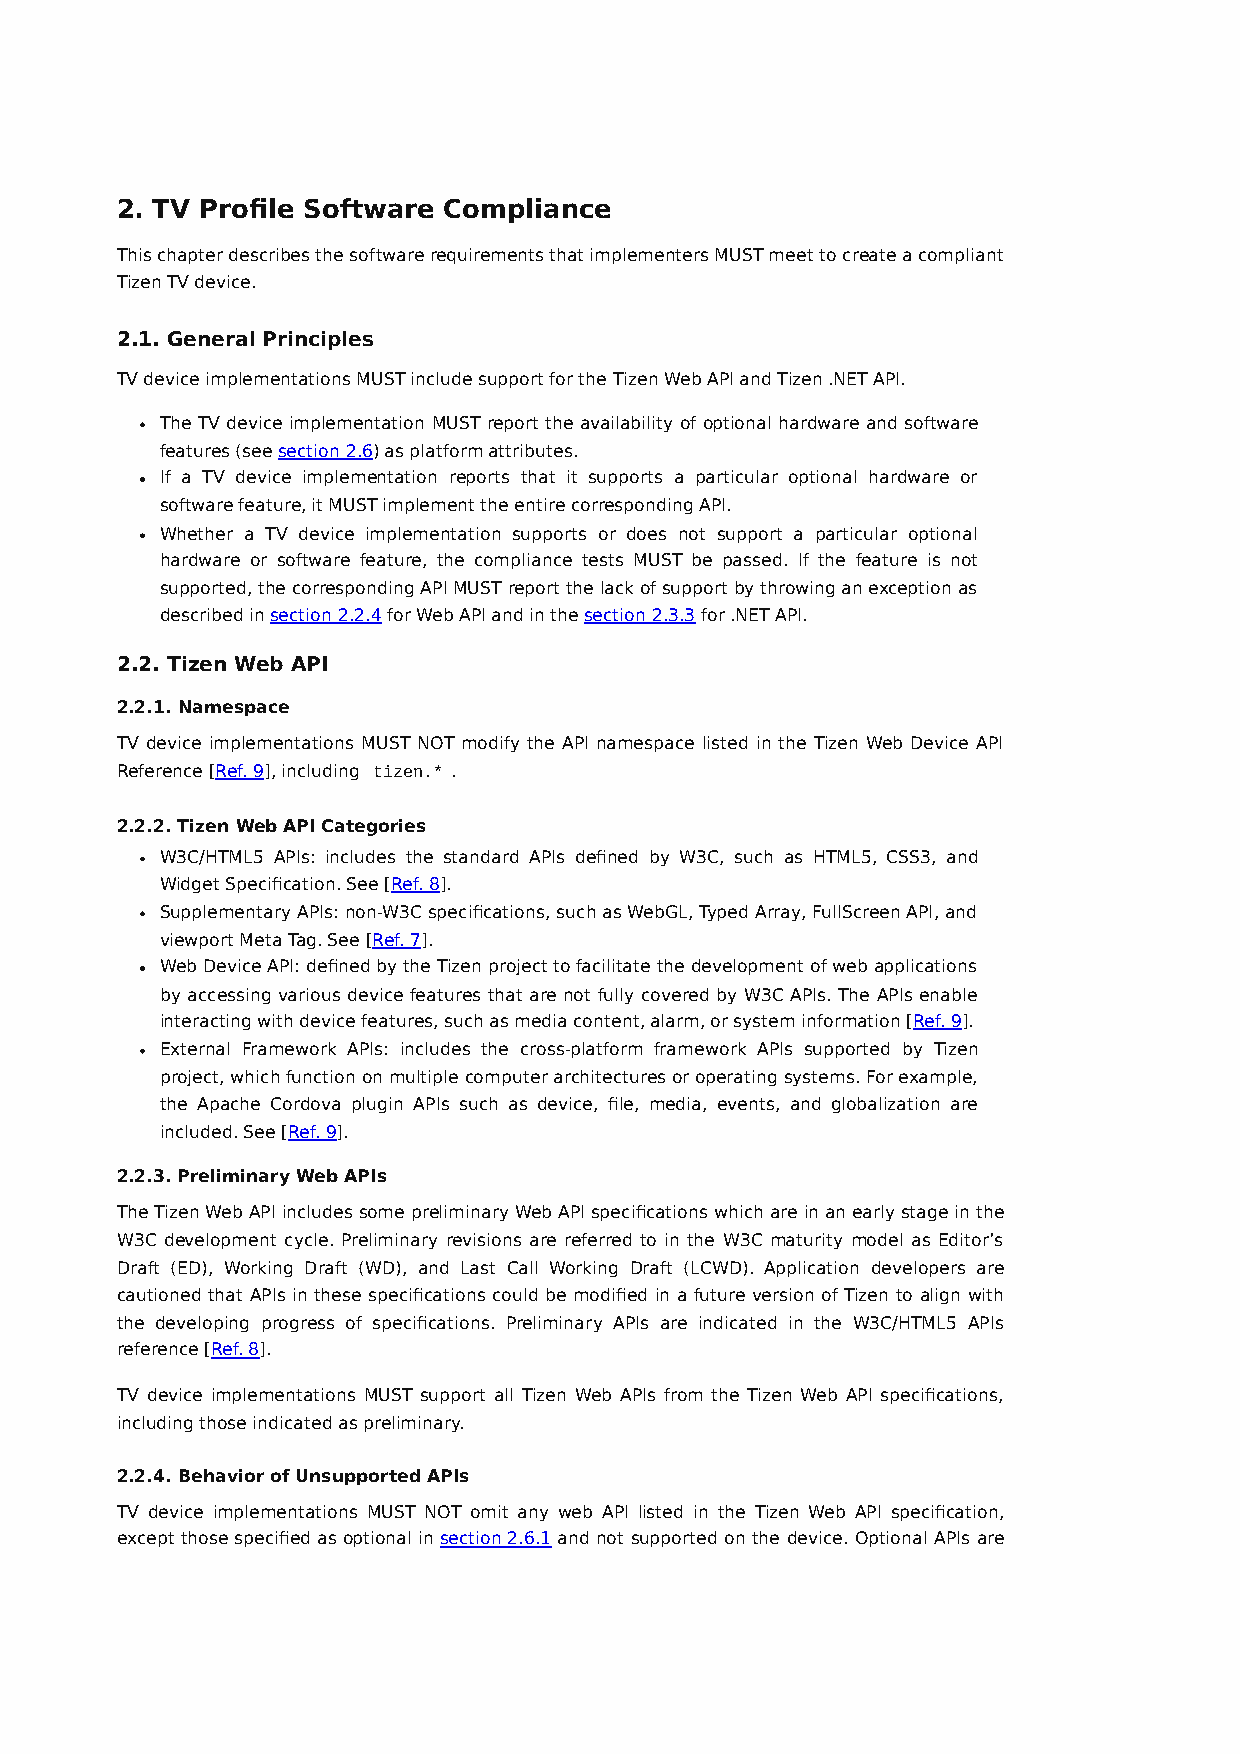
2. TV Profile Software Compliance
 This chapter describes the software requirements that implementers MUST meet to create a compliant
 Tizen TV device.
 2.1. General Principles
 TV device implementations MUST include support for the Tizen Web API and Tizen .NET API.
 The TV device implementation MUST report the availability of optional hardware and software
 features (see section 2.6) as platform attributes.
 If a TV device implementation reports that it supports a particular optional hardware or
 software feature, it MUST implement the entire corresponding API.
 Whether a TV device implementation supports or does not support a particular optional
 hardware or software feature, the compliance tests MUST be passed. If the feature is not
 supported, the corresponding API MUST report the lack of support by throwing an exception as
 described in section 2.2.4 for Web API and in the section 2.3.3 for .NET API.
 2.2. Tizen Web API
 2.2.1. Namespace
 TV device implementations MUST NOT modify the API namespace listed in the Tizen Web Device API
 Reference [Ref. 9], including tizen.* .
 2.2.2. Tizen Web API Categories
 W3C/HTML5 APIs: includes the standard APIs defined by W3C, such as HTML5, CSS3, and
 Widget Specification. See [Ref. 8].
 Supplementary APIs: non-W3C specifications, such as WebGL, Typed Array, FullScreen API, and
 viewport Meta Tag. See [Ref. 7].
 Web Device API: defined by the Tizen project to facilitate the development of web applications
 by accessing various device features that are not fully covered by W3C APIs. The APIs enable
 interacting with device features, such as media content, alarm, or system information [Ref. 9].
 External Framework APIs: includes the cross-platform framework APIs supported by Tizen
 project, which function on multiple computer architectures or operating systems. For example,
 the Apache Cordova plugin APIs such as device, file, media, events, and globalization are
 included. See [Ref. 9].
 2.2.3. Preliminary Web APIs
 The Tizen Web API includes some preliminary Web API specifications which are in an early stage in the
 W3C development cycle. Preliminary revisions are referred to in the W3C maturity model as Editor’s
 Draft (ED), Working Draft (WD), and Last Call Working Draft (LCWD). Application developers are
 cautioned that APIs in these specifications could be modified in a future version of Tizen to align with
 the developing progress of specifications. Preliminary APIs are indicated in the W3C/HTML5 APIs
 reference [Ref. 8].
 TV device implementations MUST support all Tizen Web APIs from the Tizen Web API specifications,
 including those indicated as preliminary.
 2.2.4. Behavior of Unsupported APIs
 TV device implementations MUST NOT omit any web API listed in the Tizen Web API specification,
 except those specified as optional in section 2.6.1 and not supported on the device. Optional APIs are